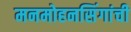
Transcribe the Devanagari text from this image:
मनमोहनसिंगांची